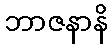
ဘာဇနာနိ